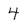
Character: 4